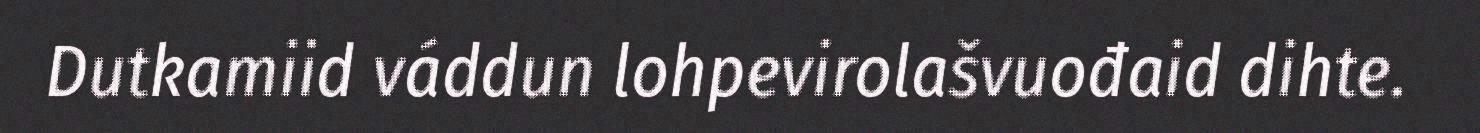
Dutkamiid váddun lohpevirolašvuođaid dihte.